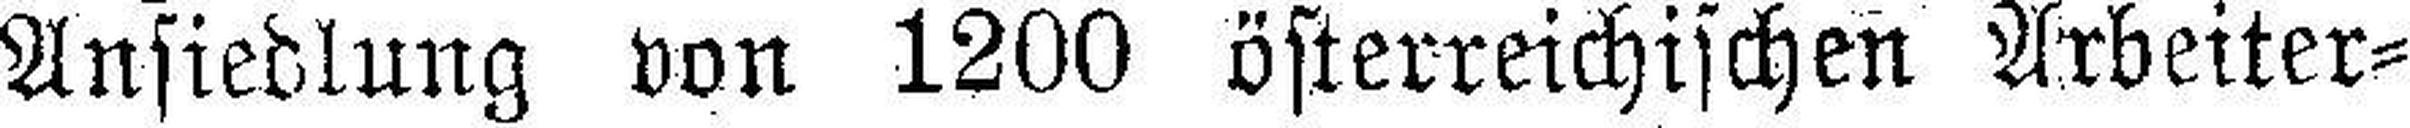
Ansiedlung von 1200 österreichischen Arbeiter¬